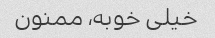
خیلی خوبه، ممنون